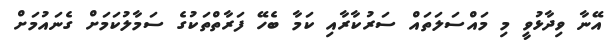
އޭނާ ވިދާޅުވީ މި މައްސަލަތައް ސަރުކާރާއި ކަމާ ބެހޭ ފަރާތްތަކުގެ ސަމާލުކަމަށް ގެނައުމަށް